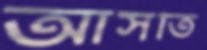
আসতি